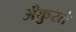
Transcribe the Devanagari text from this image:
अँकुरते